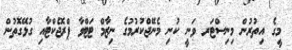
މީގެ އިތުރުން މިނިސްޓަރ ވަނީ ކުނި މެނޭޖްކުރުމުގެ ނިޒާމް ޓަޓްވާ ޕްރޮޖެކްޓާއި ގުޅޭގޮތުން